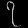
Digit: ၇